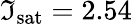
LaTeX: \mathfrak{I}_{\mathrm{{sat}}}=2.54